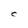
Character: C